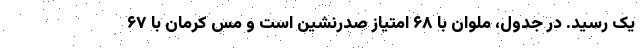
یک رسید. در جدول، ملوان با ۶۸ امتیاز صدرنشین است و مس کرمان با ۶۷